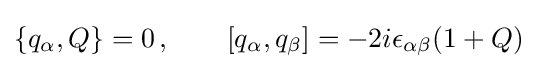
\{q_{\alpha },Q\}=0\,,\qquad \left[q_{\alpha },q_{\beta }\right]=-2i\epsilon _{\alpha \beta }(1+Q)